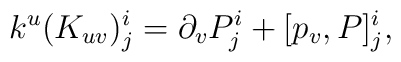
k^{u}(K_{uv})_{j}^{i}=\partial _{v}P_{j}^{i}+[p_{v},P]_{j}^{i},